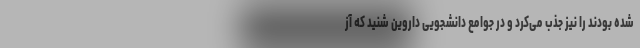
شده بودند را نیز جذب می‌کرد و در جوامع دانشجویی داروین شنید که آز